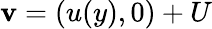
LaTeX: {\mathbf v}=(u(y),0)+U